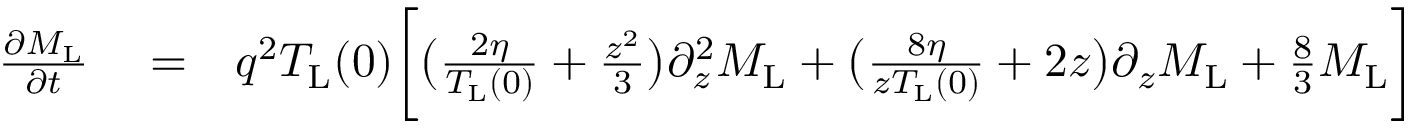
\begin{array} { r l r } { \frac { \partial M _ { \mathrm { L } } } { \partial t } } & { { } = } & { q ^ { 2 } T _ { \mathrm { L } } ( 0 ) \bigg [ \bigl ( \frac { 2 \eta } { T _ { \mathrm { L } } ( 0 ) } + \frac { z ^ { 2 } } { 3 } \bigl ) \partial _ { z } ^ { 2 } M _ { \mathrm { L } } + \bigl ( \frac { 8 \eta } { z T _ { \mathrm { L } } ( 0 ) } + 2 z \bigl ) \partial _ { z } M _ { \mathrm { L } } + \frac { 8 } { 3 } M _ { \mathrm { L } } \bigg ] } \end{array}